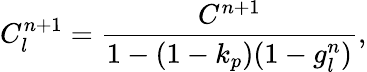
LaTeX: C_{l}^{n+1}=\frac{C^{n+1}}{1-(1-k_{p})(1-g_{l}^{n})},